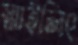
স্মাইলিং